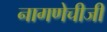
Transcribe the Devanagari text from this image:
नागणेचीजी